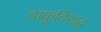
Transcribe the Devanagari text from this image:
डाकूविरुद्ध